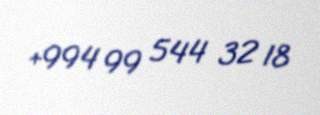
+994 99 544 32 18